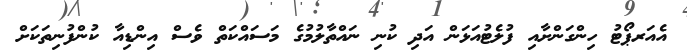
އެއަރޕޯޓު ހިންގަންށާއި ފުލެޓުއަޅަން އަދި ކުނި ނައްތާލުމުގެ މަސައްކަތް ވެސް އިންޑިއާ ކުންފުނިތަކަށް